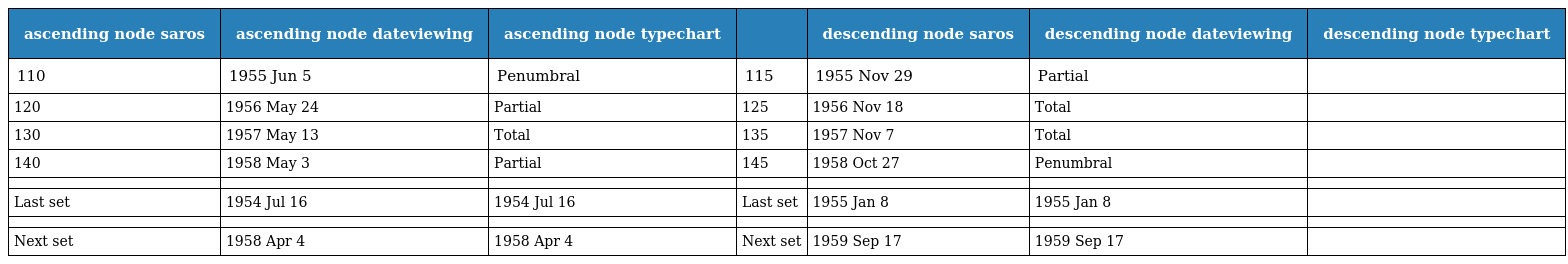
| ascending node saros | ascending node dateviewing | ascending node typechart |  | descending node saros | descending node dateviewing | descending node typechart |
 | --- | --- | --- | --- | --- | --- | --- |
 | 110 | 1955 Jun 5 | Penumbral | 115 | 1955 Nov 29 | Partial |  |
 | 120 | 1956 May 24 | Partial | 125 | 1956 Nov 18 | Total |  |
 | 130 | 1957 May 13 | Total | 135 | 1957 Nov 7 | Total |  |
 | 140 | 1958 May 3 | Partial | 145 | 1958 Oct 27 | Penumbral |  |
 |  |  |  |  |  |  |  |
 | Last set | 1954 Jul 16 | 1954 Jul 16 | Last set | 1955 Jan 8 | 1955 Jan 8 |  |
 |  |  |  |  |  |  |  |
 | Next set | 1958 Apr 4 | 1958 Apr 4 | Next set | 1959 Sep 17 | 1959 Sep 17 |  |